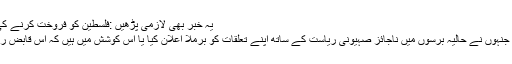
یہ خبر بھی لازمی پڑھیں :فلسطین کو فروخت کرنے کی سازش میں شریک نہیں ہوں گے نبیہ بری
اس سمٹ کے زیادہ تر مندوب وہی لوگ ہیں جنہوں نے حالیہ برسوں میں ناجائز صہیونی ریاست کے ساتھ اپنے تعلقات کو برملا اعلان کیا یا اس کوشش میں ہیں کہ اس قابض ریاست کے ساتھ خفیہ تعلقات قائم کئے جائیں۔